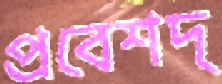
প্রবেশদ্